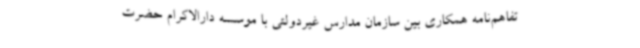
تفاهم‌نامه همکاری بین سازمان مدارس غیردولتی با موسسه دارالاکرام حضرت